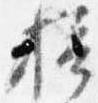
摂